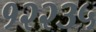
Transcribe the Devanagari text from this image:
१२२३५